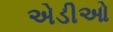
એડીઓ